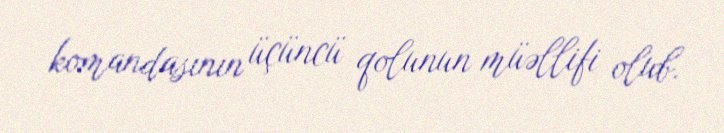
komandasının üçüncü qolunun müəllifi olub.